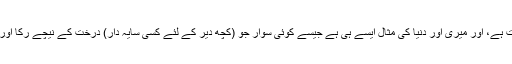
مت رو، بے شک ان کے لئے دنیا ہے اور ہمارے لئے آخرت ہے، اور میری اور دنیا کی مثال ایسے ہی ہے جیسے کوئی سوار جو (کچھ دیر کے لئے کسی سایہ دار) درخت کے نیچے رکا اور پھر اس درخت کو چھوڑ کر (اپنی منزل کی جانب) چل دیا۔